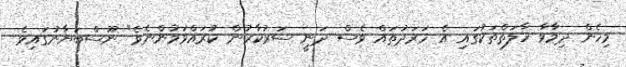
މިހެން ދިމާވާ ހާލަތްތަކުގައި އެ ހަރަދުތައް ވެސް ދަނީ ސަރުކާރުން ކުރައްވަމުންނެވެ" ނޫސްބަޔާނުގައިވެ